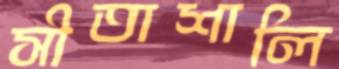
সীতাশালি